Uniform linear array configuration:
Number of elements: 16
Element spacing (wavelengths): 0.5
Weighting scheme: exponential
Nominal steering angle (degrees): -45
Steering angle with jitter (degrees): -45.794
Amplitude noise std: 0.05
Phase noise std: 0.05

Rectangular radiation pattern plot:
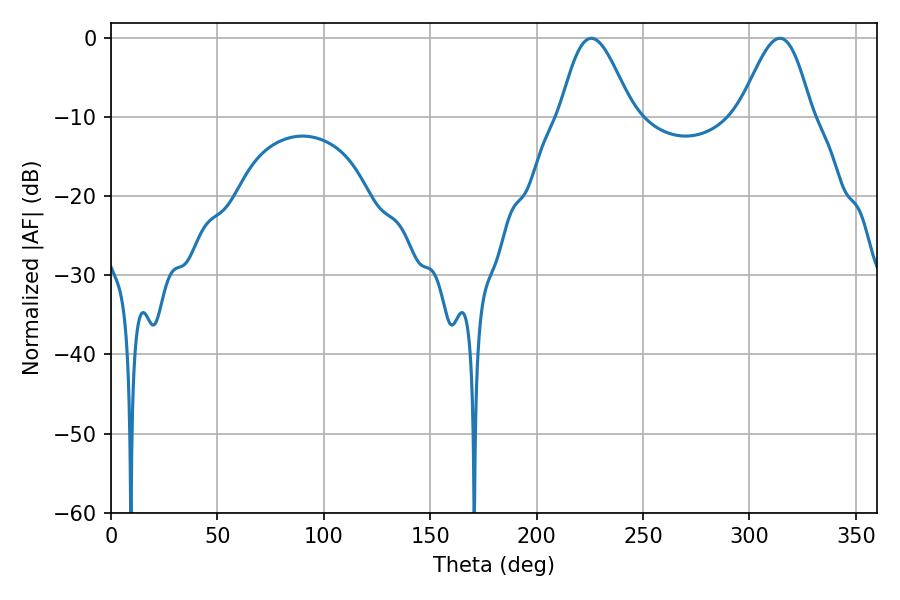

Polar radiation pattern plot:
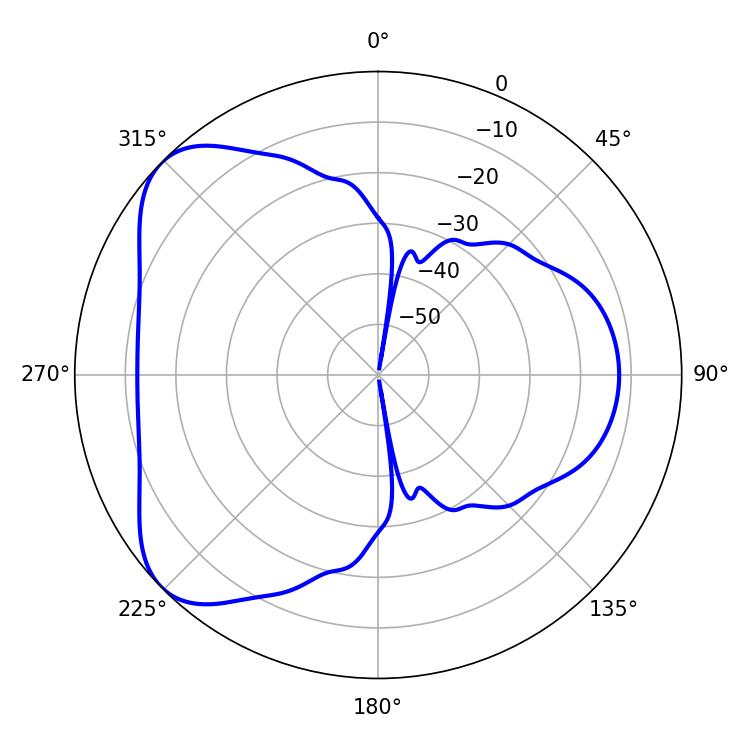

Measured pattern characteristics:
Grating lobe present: FALSE
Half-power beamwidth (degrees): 18
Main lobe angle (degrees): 225.72